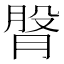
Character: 𦜴